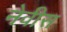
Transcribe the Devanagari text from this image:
नेवीस